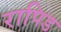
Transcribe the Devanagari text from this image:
रापिड